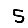
Digit: 5